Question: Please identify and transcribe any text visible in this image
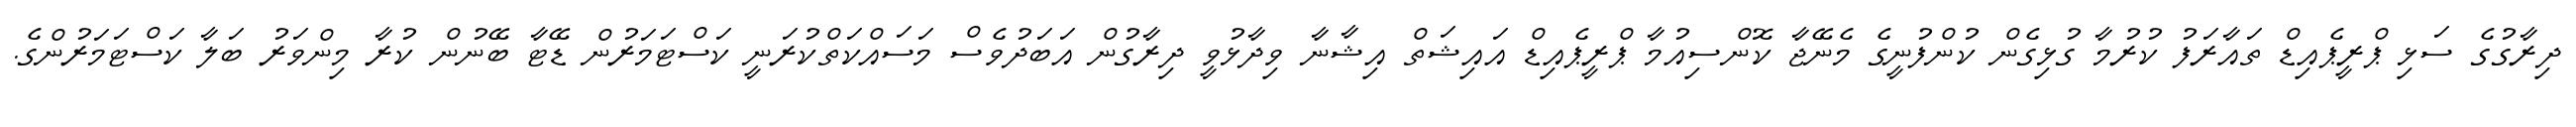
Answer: ދިރާގުގެ ސަޅި ޕްރީޕެއިޑް ތައާރަފު ކުރުމާ ގުޅިގެން ކުންފުނީގެ މެނޭޖާ ކޮންސިއުމާ ޕްރީޕެއިޑް އައިޝަތް އިޝާނާ ވިދާޅުވީ ދިރާގުން އަބަދުވެސް މަސައްކަތްކުރަނީ ކަސްޓަމަރުން ޑޭޓާ ބޭނުން ކުރާ މިންވަރު ބަލާ ކަސްޓަމަރުންގެ.